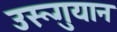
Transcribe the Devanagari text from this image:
उरूगुयान